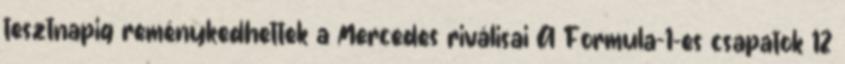
tesztnapig reménykedhettek a Mercedes riválisai A Formula–1-es csapatok 12